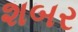
શબર